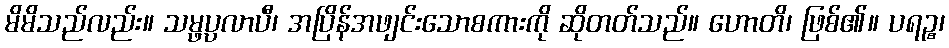
မိမိသည်လည်း။ သမ္ဖပ္ပလာပီ၊ အပြိန်အဖျင်းသောစကားကို ဆိုတတ်သည်။ ဟောတိ၊ ဖြစ်၏။ ပရဉ္စ၊